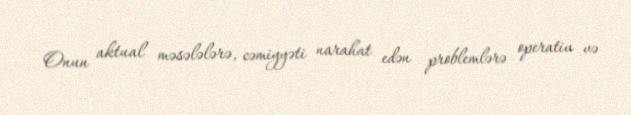
Onun aktual məsələlərə, cəmiyyəti narahat edən problemlərə operativ və